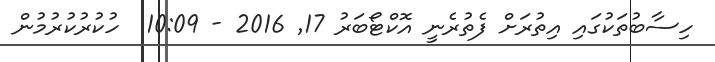
ހިސާބުތަކުގައި އިތުރަށް ފެތުރެނީ އޮކްޓޯބަރު 17